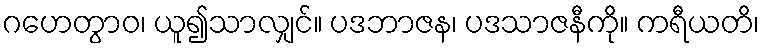
ဂဟေတွာဝ၊ ယူ၍သာလျှင်။ ပဒဘာဇန၊ ပဒသာဇနီကို။ ကရီယတိ၊